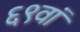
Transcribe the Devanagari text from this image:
६९वां